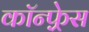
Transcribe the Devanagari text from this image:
कॉन्फ़्रेस